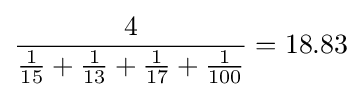
{\frac {4}{{\frac {1}{15}}+{\frac {1}{13}}+{\frac {1}{17}}+{\frac {1}{100}}}}=18.83